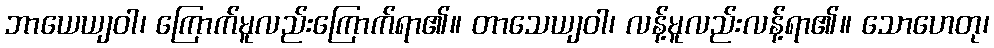
ဘာယေယျဝါ၊ ကြောက်မူလည်းကြောက်ရာ၏။ တာသေယျဝါ၊ လန့်မူလည်းလန့်ရာ၏။ သောဟေတု၊